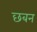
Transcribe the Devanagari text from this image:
छबन